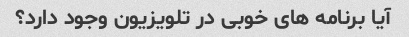
آیا برنامه های خوبی در تلویزیون وجود دارد؟